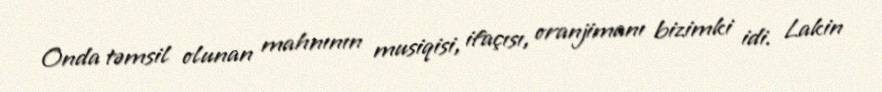
Onda təmsil olunan mahnının musiqisi, ifaçısı, oranjimanı bizimki idi. Lakin